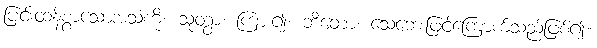
ပြင်းထန်စွာသောအသံကို။ သုတွာ၊ ကြား၍။ ဘီတော၊ သေဘေးဖြင့်ကြောက်သည်ဖြစ်၍။